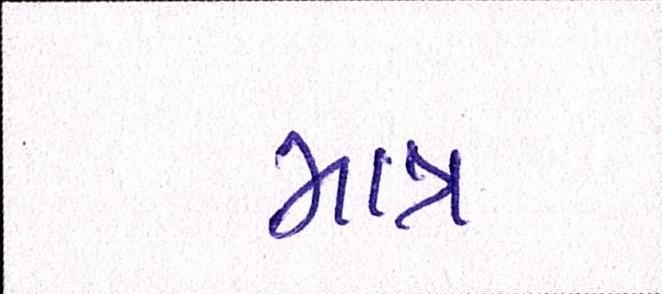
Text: માત્ર